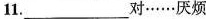
11.___对……厌烦